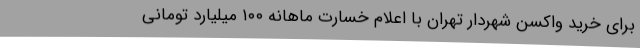
برای خرید واکسن شهردار تهران با اعلام خسارت ماهانه ۱۰۰ میلیارد تومانی